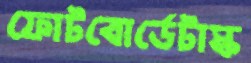
ফোটবোর্ডেটাস্ক